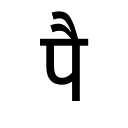
OCR:
पै